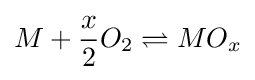
M+{\frac {x}{2}}O_{2}\rightleftharpoons MO_{x}